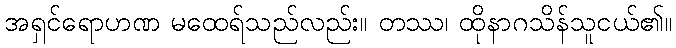
အရှင်ရောဟဏ မထေရ်သည်လည်း။ တဿ၊ ထိုနာဂသိန်သူငယ်၏။